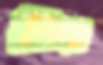
শিত্তু